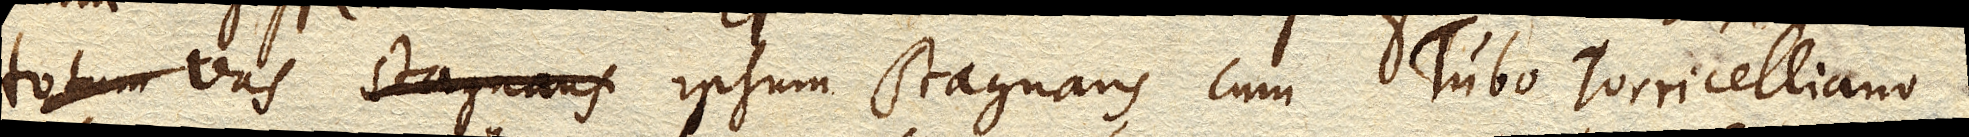
totum vas stagnans vas ipsum stagnans, cum Tubo Torricelliano